Report on vaccination proceedings throughout the Government of Bengal -
Year: 1868
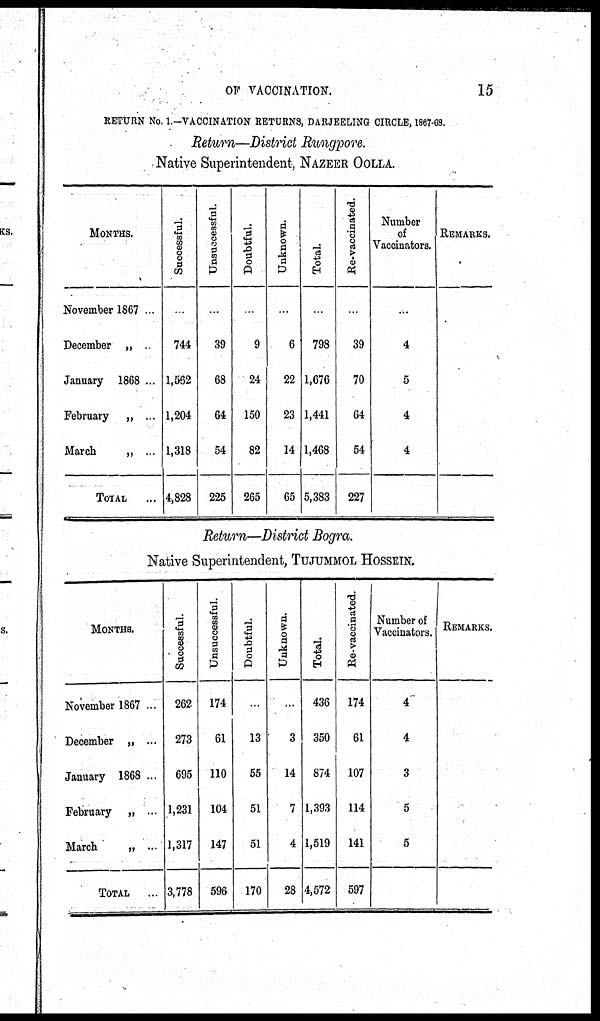
OF VACCINATION.
15
RETURN No. 1 —VACCINATION RETURNS, DARJEELING CIRCLE, 1867-68.
Return—District Rungpore.
Native Superintendent, NAZEER OOLLA.
MONTHS.
November 1867 ...
December „ ..
January 1868 ...
February
„ ...
March
„ ...
TOTAL
...
Successful.
...
744
1,562
1,204
1,318
4,828
Unsuccessful.
...
39
68
64
54
225
Doubtful.
...
9
24
150
82
265
Unknown.
...
6
22
23
14
65
Total.
...
798
1,676
1,441
1,468
5,383
Re-vaccinated.
...
39
70
64
54
227
Number
of
Vaccinators.
...
4
5
4
4
REMARKS.
Return—District Bogra.
Native Superintendent, TUJUMMOL HOSSEIN.
MONTHS.
November 1867 ...
December „ ...
January 1868 ...
February „ ...
March
„ ...
TOTAL
...
Successful.
262
273
695
1,231
1,317
3,778
Unsuccessful.
174
61
110
104
147
596
Doubtful.
...
13
55
51
51
170
Unknown.
...
3
14
7
4
28
Total.
436
350
874
1,393
1,519
4,572
Re-vaccinated.
174
61
107
114
141
597
Number of
Vaccinators.
4
4
3
5
5
REMARKS.